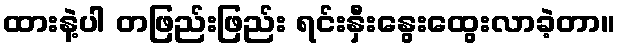
ထားနဲ့ပါ တဖြည်းဖြည်း ရင်းနှီးနွေးထွေးလာခဲ့တာ။